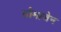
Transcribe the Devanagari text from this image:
सौमाजेन